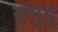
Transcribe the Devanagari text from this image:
समुह्